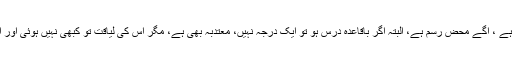
ایک ہی سند کافی ہے ، آگے محض رسم ہے، البتہ اگر باقاعدہ درس ہو تو ایک درجہ نہیں، معتدبہ بھی ہے، مگر اس کی لیاقت تو کبھی نہیں ہوئی اور اب قوت بھی نہیں۔